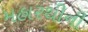
મહારથીની